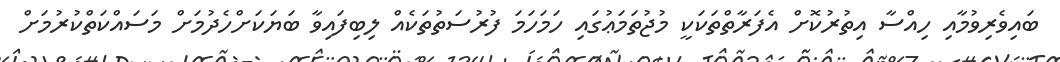
ބައިވެރިވުމާއި ހިއްސާ އިތުރުކޮށް އެފަރާތްތަކަކީ މުޖުތަމަޢުގައި ހަމަހަމަ ފުރުސަތުތަކެއް ލިބިފައިވާ ބަޔަކަށްހެދުމަށް މަސައްކަތްކުރުމަށް